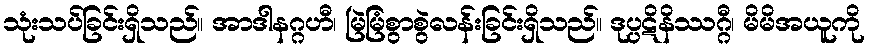
သုံးသပ်ခြင်းရှိသည်။ အာဒါနဂ္ဂဟီ၊ မြဲမြံစွာစွဲလန်းခြင်းရှိသည်။ ဒုပ္ပဋိနိဿဂ္ဂီ၊ မိမိအယူကို